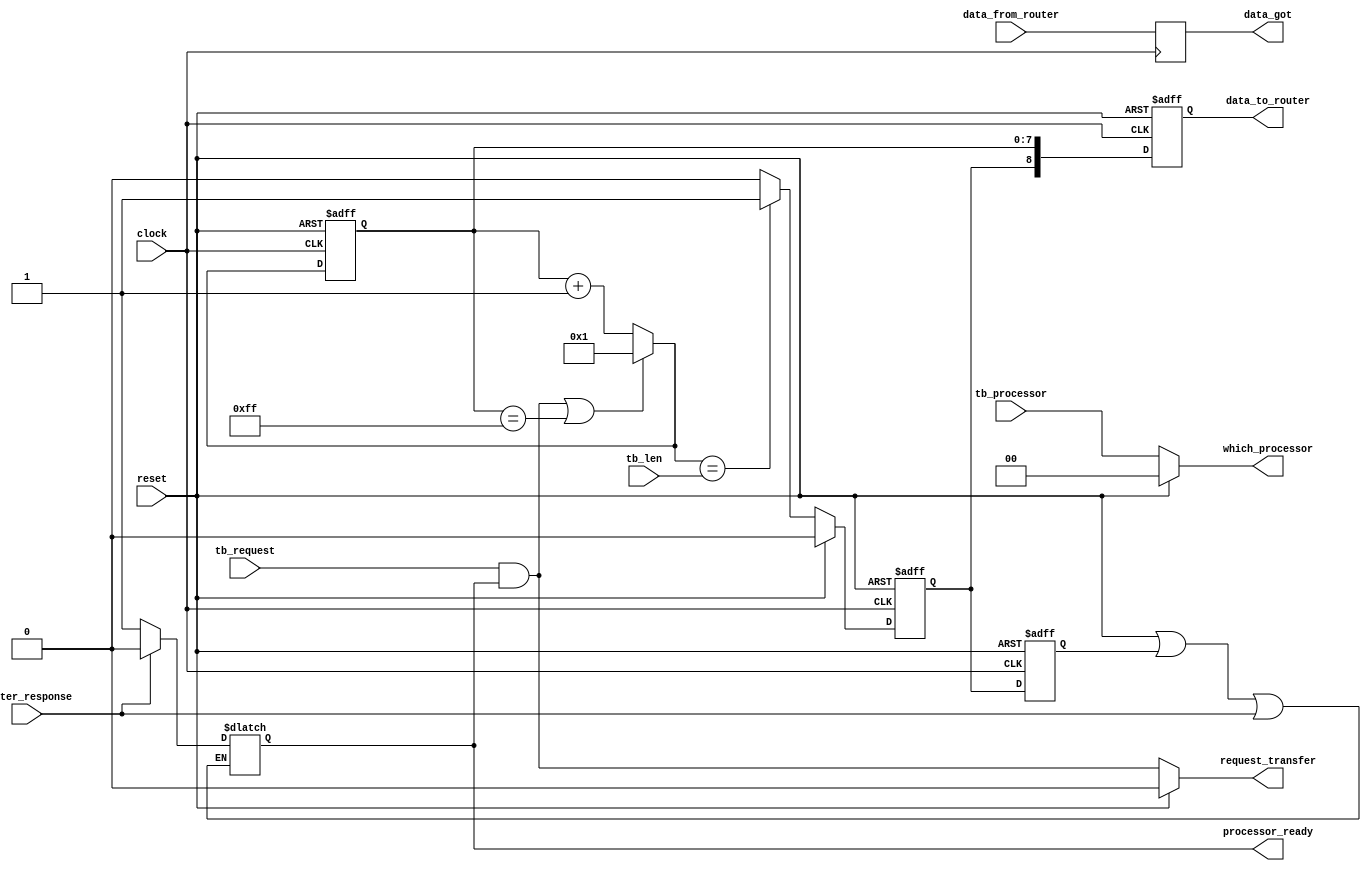
/*
Module name: 
    Processing_unit
Module Description:
    This Module contains demonstrates the working of our processor.
Pin Description:
    Clock: 1 bit input port for the clock signal.
    Reset: 1 bit input port for the reset signal.
    master_response: 1 bit input which shows the availability of processor (1->Master has accepted the request of processor)
    data_from_router: 9bit input reg which contains the data received from the router to its corresponding processor. [8] ->last flit
    data_to_router: 9bit output reg which contains the data processor sends to its corresponding router. [8] ->last flit
    request_transfer: 1bit output where processor requests master for allocation (1->request is high)
    which_processor: 2 bit output register corresponding to the destination router/processor
    processor_ready: 1 bit output indicates the processor is free to send out data
    tb_request: 1 bit input which is the value user gives to processor to use as request_transfer
    tb_processor: 2 bit output reg is the value user gives to processor to use as which_processor
    tb_len: 8 bit output reg is the value user gives to processor the burst size/number of packets (essentially the 8bit data we are using)
*/

module Processing_unit(
    input clock,
    input reset,
    input master_response,
    input [8:0] data_from_router,
    output [8:0] data_to_router,
    output request_transfer,
    output [1:0] which_processor,
    output processor_ready,
    output [8:0] data_got,
    input tb_request,
    input [1:0] tb_processor,
    input [7:0] tb_len
);
    reg [8:0] data_got1, data_to_router1;
    reg [1:0] which_processor1;
    reg request_transfer1;
    assign data_got=data_got1;
    assign which_processor=which_processor1;
    assign data_to_router=data_to_router1;
    assign request_transfer=request_transfer1;

    always@(posedge clock)
    begin
        begin
            data_got1<=data_from_router; //assign tlast which checks whether last element or not 
            //tlast_prev is assigned 1 clock cycle after tlast is evaluated and assigned
        end
    end

//variables

//To check a valid request
    reg request_line;
//Temorarily stores value of processor_ready till clockedge
    reg processor_ready1;

//Keeps a note of packets received
    reg [7:0]counter_value;
//Keeps a note of packets received temporarily till clockedge
    reg [7:0]counter_value1;

//  Checks whether last bit or no  
    reg tlast;

//a variable that is a copy of tlast one clockcycle prior
    reg tlast_prev;

//temporily stores value of tlast till clockedge
    reg tlast1;

    always@(*)
    begin
        request_line=tb_request & processor_ready1; //high only when processor is free and user has asked for a request transfer from processor
    end

    always@(*)
    begin
        if(reset==1'b1)
        begin
            which_processor1=2'b00; //set destination processor to default
        end
        else
        begin
            which_processor1=tb_processor; //and set which_processor according to the destination the user has set 
        end
    end

    always@(*)
    begin
        if(reset==1'b1)
        begin
            request_transfer1=1'b0; //if reset all requests are null and void
        end
        else
        begin
            request_transfer1=request_line; //else raise request_transfer if a valid request  
        end
    end

    always@(posedge clock or posedge reset)
    begin
        if(reset==1'b1)
        begin
            tlast_prev<=1'b0; //if reset, no data, therefore definitely not the last bit
        end
        else
        begin
            tlast_prev<=tlast; //assign tlast which checks whether last element or not 
            //tlast_prev is assigned 1 clock cycle after tlast is evaluated and assigned
        end
    end

    reg processor_ready2;
    always@(*)
    begin
        if(master_response==1'b1)
        begin
            processor_ready2=1'b0; //if master commands to utilise processor, it is no more free to transmit
        end
        else
        begin
            processor_ready2=1'b1;
        end
    end

    always@(*)
    begin
        if(reset || tlast_prev || master_response)
        begin
            processor_ready1<=processor_ready2;
        end
    end

    //set the values of processor_ready
    assign processor_ready=processor_ready1;
    //processor_ready is in 1 clock cycle lag as tlast_prev is assigned 1 clock cycle after tlast is evaluated and assigned

    always@(*)
    begin
        if(reset==1'b1)
        begin
            tlast1=1'b0; //if reset, no data, therefore definitely not the last bit
        end
        else if(counter_value1==tb_len)
        begin
            tlast1=1'b1; //if the number of packets to be sent are transmitted (counter = tb_len) it means it is the last packets so raise tlast to 1  
        end
        else
        begin
            tlast1=1'b0; //else continue with 0 as either it is in middle of transfer of no transfer atall, so no last flit
        end
    end

    always@(posedge clock or posedge reset)
    begin
        if(reset==1'b1)
        begin
            tlast<=1'b0; //if reset, no data, therefore definitely not the last bit
        end
        else
        begin
            tlast<=tlast1; //assign values as computed above
        end
    end

    always@(*)
    begin
        if(request_line==1 || counter_value==8'b11111111) 
        begin
            counter_value1=8'b00000001; //if new request or overflow start counter from 1
        end
        else 
        begin
            counter_value1=counter_value+1; //else increment counter by 1
        end
    end

    always@(posedge clock or posedge reset) //next packet at clockedge
    begin
        if(reset==1'b1)
        begin
            counter_value<=8'b00000000; //if reset, restart from 1
        end
        else
        begin
            counter_value<=counter_value1; //else assign the value obtained from computation shown above
        end
    end

    always@(posedge clock or posedge reset)
    begin
        if(reset==1'b1)
        begin
            data_to_router1<=9'b0; //if it was a reset, send 0 as output
        end
        else
        begin
            data_to_router1<={tlast,counter_value[7:0]}; //else concatenate the last flit with counter value
        end
    end

endmodule

    // output reg processor_ready, in module

    // reg tlast_prev_2;
                // tlast_prev_2<=1'b0;
                        // else if(tlast_prev_2==1'b1)

            // tlast_prev_2<=tlast_prev;


    // always@(posedge clock or posedge reset)
    // begin
    //     if(reset==1'b1)
    //     begin
    //         request_transfer<=0;
    //         which_processor<=2'b00;
    //     end
    //     else if(master_response==1'b0)
    //     begin
    //         request_transfer<=request_line;
    //         which_processor<=tb_processor;
    //     end
    //     else
    //     begin
    //         request_transfer<=0;
    //         which_processor<=2'b00;
    //     end
    // end


    // always@(posedge clock or posedge reset)
    // begin
    //     if (reset==1'b1)
    //     begin
    //         processor_ready<=1;
    //     end
    //     else
    //     begin
    //         processor_ready<=processor_ready1;
    //     end
    // end